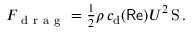
\begin{array} { r } { F _ { \mathrm { ~ d ~ r ~ a ~ g ~ } } = \frac 1 2 \rho \, c _ { \mathrm d } ( \mathsf { R e } ) U ^ { 2 } \operatorname S . } \end{array}